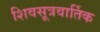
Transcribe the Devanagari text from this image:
शिवसूत्रवार्तिक